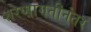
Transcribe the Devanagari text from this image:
शरणागतीनंतर